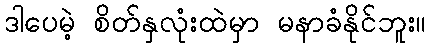
ဒါပေမဲ့ စိတ်နှလုံးထဲမှာ မနာခံနိုင်ဘူး။